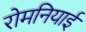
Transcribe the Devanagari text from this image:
रोमनियाई